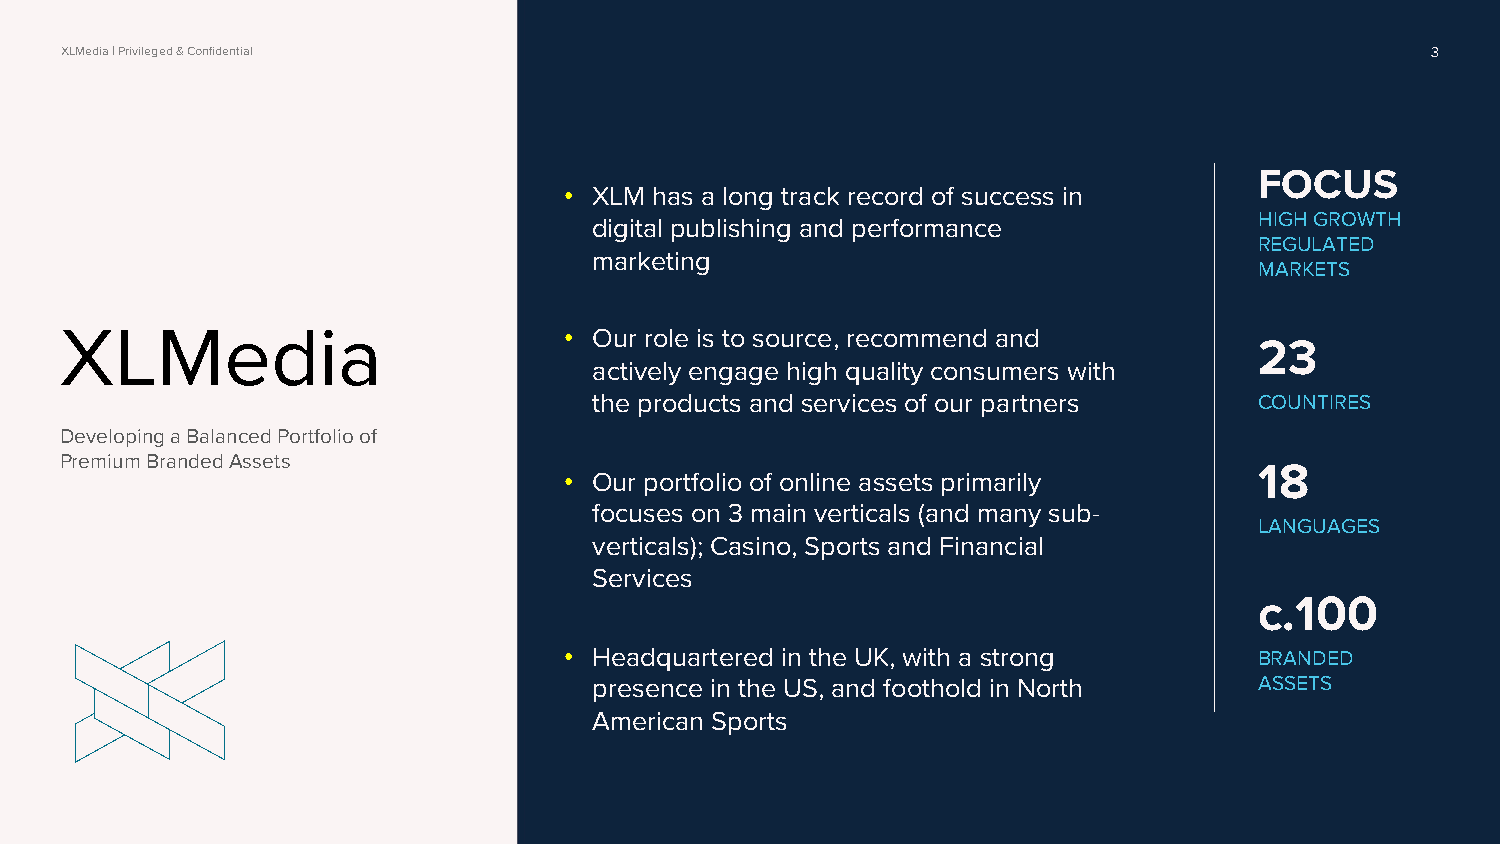
XLMedia | Privileged & Confidential                                                        3
 FOCUS
 • XLM has a long track record of success in
 digital publishing and performance          HIGH GROWTH
 REGULATED
 marketing
 MARKETS
 XLMedia
 • Our role is to source, recommend and
 23
 actively engage high quality consumers with
 the products and services of our partners   COUNTIRES
 Developing a Balanced Portfolio of
 Premium Branded Assets
 18
 • Our portfolio of online assets primarily
 focuses on 3 main verticals (and many sub-
 LANGUAGES
 verticals); Casino, Sports and Financial
 Services
 c.100
 • Headquartered in the UK, with a strong      BRANDED
 presence in the US, and foothold in North   ASSETS
 American Sports